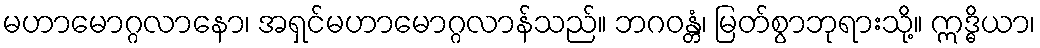
မဟာမောဂ္ဂလာနော၊ အရှင်မဟာမောဂ္ဂလာန်သည်။ ဘဂဝန္တံ၊ မြတ်စွာဘုရားသို့။ ဣဒ္ဓိယာ၊